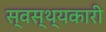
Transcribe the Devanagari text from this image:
स्वस्थ्यकारी